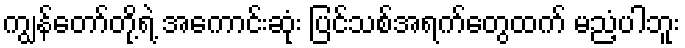
ကျွန်တော်တို့ရဲ့ အကောင်းဆုံး ပြင်သစ်အရက်တွေထက် မညံ့ပါဘူး